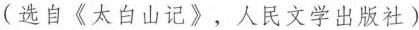
(选自《太白山记》，人民文学出版社)